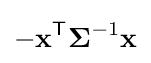
-\mathbf {x} ^{\mathsf {T}}{\boldsymbol {\Sigma }}^{-1}\mathbf {x}